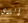
الذي